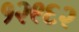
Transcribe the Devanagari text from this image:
१२९६२